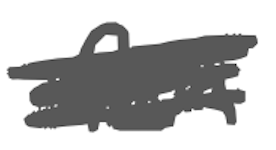
Text: from
Cross-out: scratch
Writing tool: digital_gray